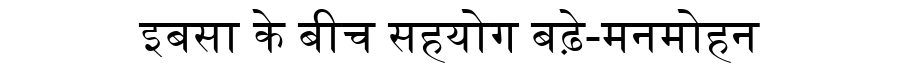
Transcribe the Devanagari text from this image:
इबसा के बीच सहयोग बढ़े-मनमोहन